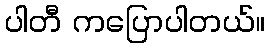
ပါတီ ကပြောပါတယ်။